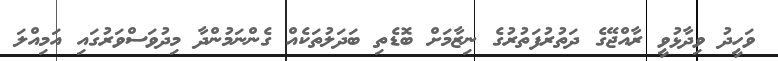
ވަހީދު ވިދާޅުވީ ރާއްޖޭގެ ދަތުރުފަތުރުގެ ނިޒާމަށް ބޮޑެތި ބަދަލުތަކެއް ގެންނަމުންދާ މިދުވަސްވަރުގައި އަމިއްލަ